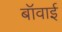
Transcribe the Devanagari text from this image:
बॉवाई